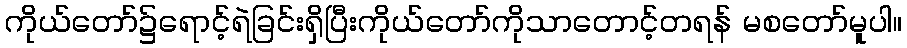
ကိုယ်တော်၌ရောင့်ရဲခြင်းရှိပြီးကိုယ်တော်ကိုသာတောင့်တရန် မစတော်မူပါ။